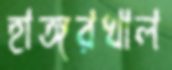
হাঙ্গরখাল